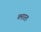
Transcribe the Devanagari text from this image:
ब्भारत